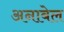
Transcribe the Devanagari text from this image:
अनाबेल